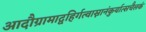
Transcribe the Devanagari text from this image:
आदौग्रामाद्वहिर्गत्वास्नानंकुर्यात्सचैलकं